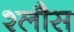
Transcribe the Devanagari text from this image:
श्लौस